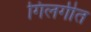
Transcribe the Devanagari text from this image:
गिलगीत